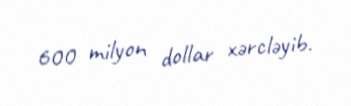
600 milyon dollar xərcləyib.